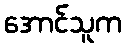
အောင်သူက